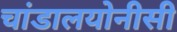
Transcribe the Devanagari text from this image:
चांडालयोनीसी